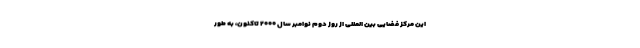
این مرکز فضایی بین المللی از روز دوم نوامبر سال ۲۰۰۰ تاکنون، به طور